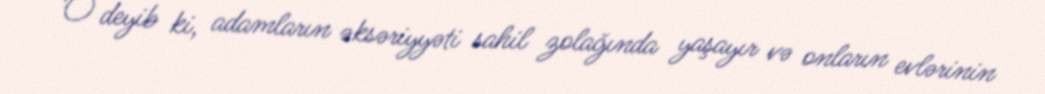
O deyib ki, adamların əksəriyyəti sahil zolağında yaşayır və onların evlərinin